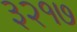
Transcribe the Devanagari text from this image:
३२१७